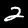
Digit: 2